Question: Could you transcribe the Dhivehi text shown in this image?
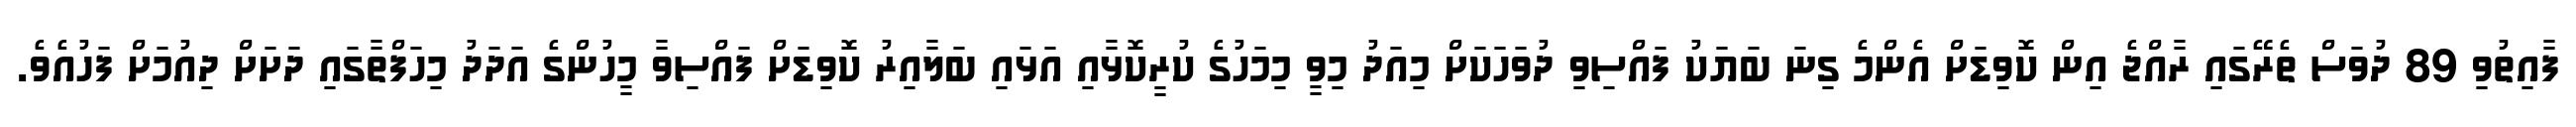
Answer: ފާއިތުވި 89 ދުވަސް ތެރޭގައި ރާއްޖެ އިން ކޮވިޑަށް އެންމެ ގިނަ ބަޔަކު ފައްސިވި ދުވަހަކަށް މިއަދު މިވީ މިމަހުގެ ކުރީކޮޅާއި އަޅައި ބަލާއިރު ކޮވިޑަށް ފައްސިވާ މީހުންގެ އަދަދު މިހަފްތާގައި ދަށަށް ދިއުމަށް ފަހުއެވެ.